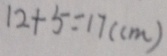
1 2 + 5 = 1 7 ( c m )